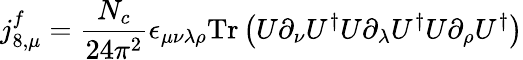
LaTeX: j_{8,\mu}^{f}=\frac{N_{c}}{24\pi^{2}}\epsilon_{\mu\nu\lambda\rho}\mathrm{Tr}\left(U\partial_{\nu}U^{\dagger}U\partial_{\lambda}U^{\dagger}U\partial_{\rho}U^{\dagger}\right)